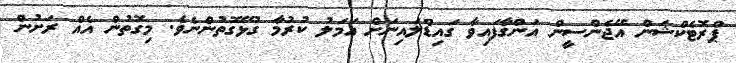
ޕްރޮޓެކްޝަން އޭޖެންސީން އަންގާފައިވާ ގައިޑްލައިނަށް އަމަލު ކުރުމާ ގުޅޭގޮތުންނެވެ. މިގޮތުން އެއް ރަށުން